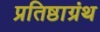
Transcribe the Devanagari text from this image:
प्रतिष्ठाग्रंथ